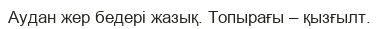
Аудан жер бедері жазық. Топырағы – қызғылт.